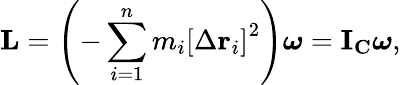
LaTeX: \mathbf{L}=\left(-\sum_{i=1}^{n}m_{i}\left[\Delta\mathbf{r}_{i}\right]^{2}\right){\boldsymbol{\omega}}=\mathbf{I}_{\mathbf{C}}{\boldsymbol{\omega}},